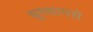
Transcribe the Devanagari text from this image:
धूमधामसे